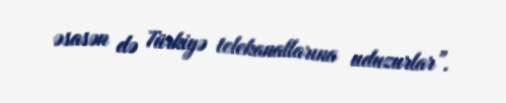
əsasən də Türkiyə telekanallarına uduzurlar”.